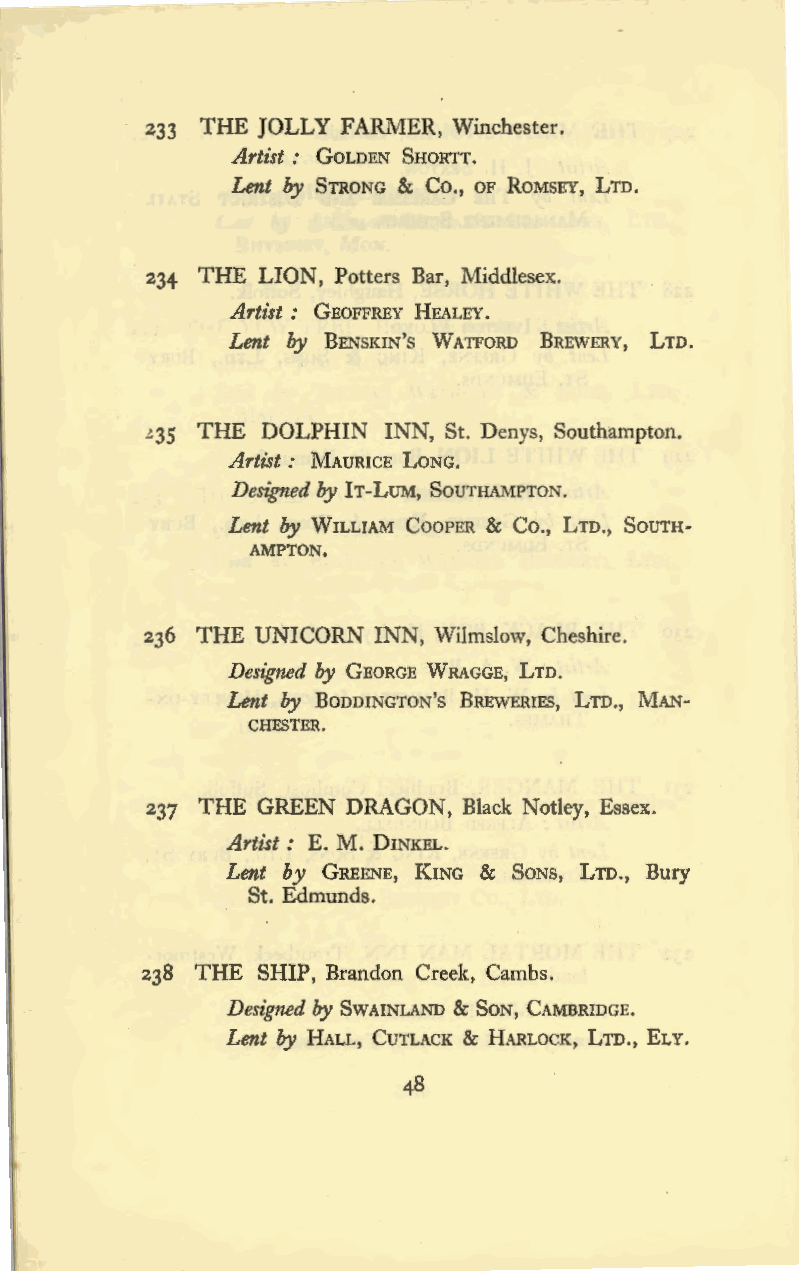
233 THE JOLLY FARMER, Winchester.
 Artist : GOLDEN SHORTT.
 Lent by STRONG & Co., OF RoMSEY, LTD.
 234 THE LION, Potters Bar, Middlesex.
 Artist : GEOFFREY HEALEY.
 Lent by BENSKIN's WATFORD BREWERY, LTD.
 ~35 THE DOLPHIN INN, St. Denys, Southampton.
 Artist : MAURICE LONG.
 Designed by IT-LUM, SOUTHAMPTON.
 Lent by WILLIAM COOPER & Co., LTD., SOUTH
 AMPTON.
 236 THE UNICORN INN, Wilmslow, Cheshire.
 Designed by GEORGE WRAGGE, LTD.
 Lent by BoDDINGTON's BREWERIES, LTD., MAN
 CHESTER.
 237 THE GREEN DRAGON, Black Notley, Essex.
 Artist: E. M. DINKEL.
 Lent by GREENE, KING & SoNs, LTD., Bury
 St. Edmunds.
 238 THE SHIP, Brandon Creek, Cambs.
 Designed by SwA INLAND & SoN, CAMBRIDGE.
 Lent by HALL, CuTLACK & HARLOCK, LTD., ELY.